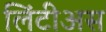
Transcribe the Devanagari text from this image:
लिंटीअस